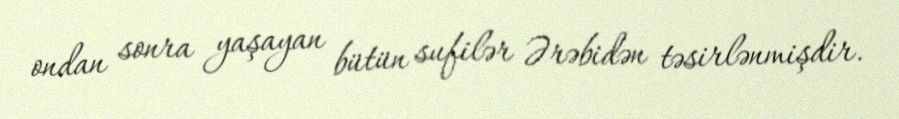
ondan sonra yaşayan bütün sufilər Ərəbidən təsirlənmişdir.